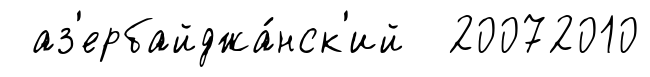
аз'ербайджа́нск'ий 20072010